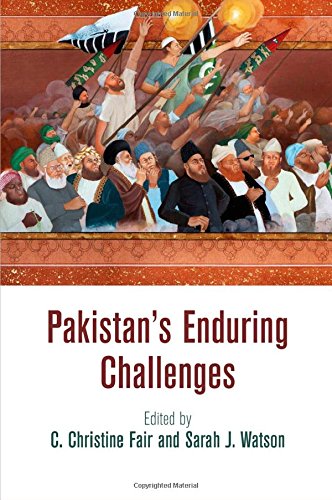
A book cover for Pakistan's Enduring Challenges; History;